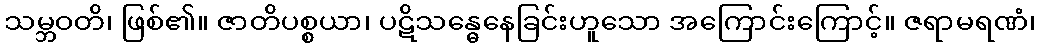
သမ္ဘဝတိ၊ ဖြစ်၏။ ဇာတိပစ္စယာ၊ ပဋိသန္ဓေနေခြင်းဟူသော အကြောင်းကြောင့်။ ဇရာမရဏံ၊